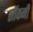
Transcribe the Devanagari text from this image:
सॉकनी